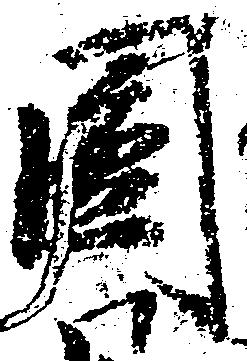
円